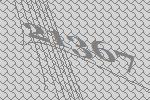
21367